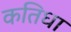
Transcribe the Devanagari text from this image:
कतिधा